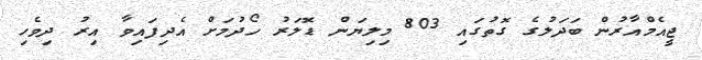
ޖީއެމްއާރުން ބަދަލުގެ ގޮތުގައި 803 މިލިޔަން ޑޮލަރު ހޯދުމަށް އެދިފައިވާ އިރު ދިވެހި